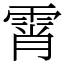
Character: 霄